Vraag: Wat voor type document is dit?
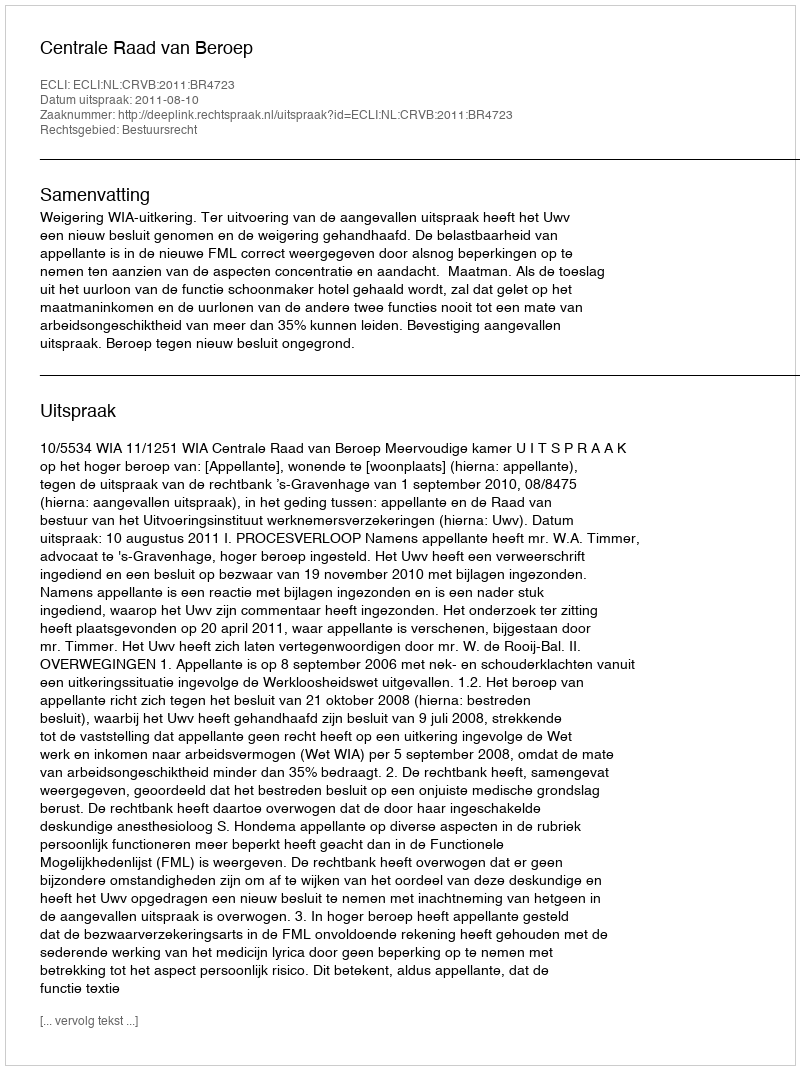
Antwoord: Uitspraak